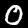
Digit: 0